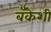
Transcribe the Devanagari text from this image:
बँकेशी